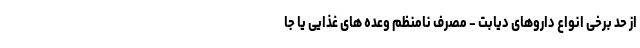
از حد برخی انواع داروهای دیابت - مصرف نامنظم وعده های غذایی یا جا